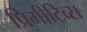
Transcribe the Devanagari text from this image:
प्रिमीटिव्स